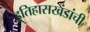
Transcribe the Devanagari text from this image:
इतिहासखंडांची